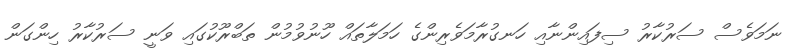
ނަމަވެސް ސަރުކާރު ސިފައިންނާއި ހަނގުރާމަވެރިންގެ ހަމަލާތައް ހޫނުވުުމުން ތަބްރޫކުގައި ވަނީ ސަރުކާރު ހިންގަން